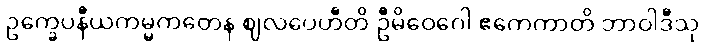
ဥက္ခေပနီယကမ္မကတေန ဈလပေဟီတိ ဦမိဝေဂေါ ဧကေကာတိ ဘာဝါဒီသု